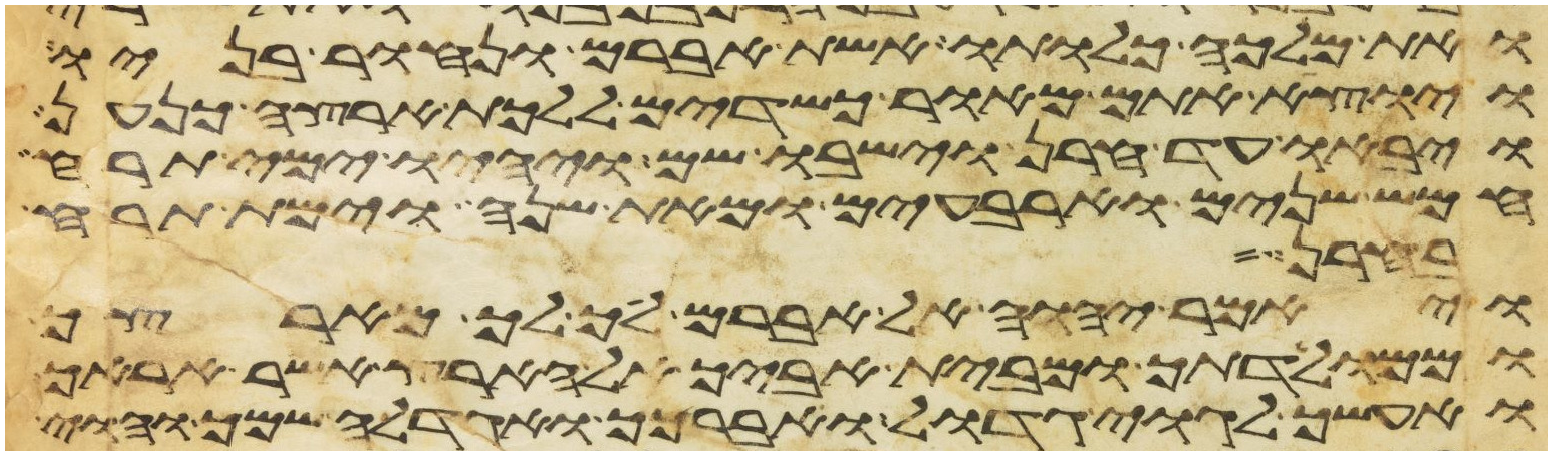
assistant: ואת מלכה כלותו אשת אברם ונחור בניו
ויוצא אתם מאור כשדים ללכת ארצה כנען
ויבאו עד חרן וישבו שם ויהיו ימי תרח
חמש שנים וארבעים ומאת שנה וימת תרח
בחרן
ויאמר יהוה אל אברם לך לך מארצך
וממולדתך ומבית אביך אל הארץ אשר אראך
ואעשך לגוי גדול ואברכך ואגדלה שמך והוי